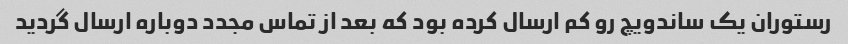
رستوران یک ساندویچ رو کم ارسال کرده بود که بعد از تماس مجدد دوباره ارسال گردید